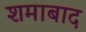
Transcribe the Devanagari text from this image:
शमाबाद